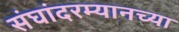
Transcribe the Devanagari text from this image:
संघांदरम्यानच्या